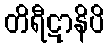
တိရီဋာနိပိ